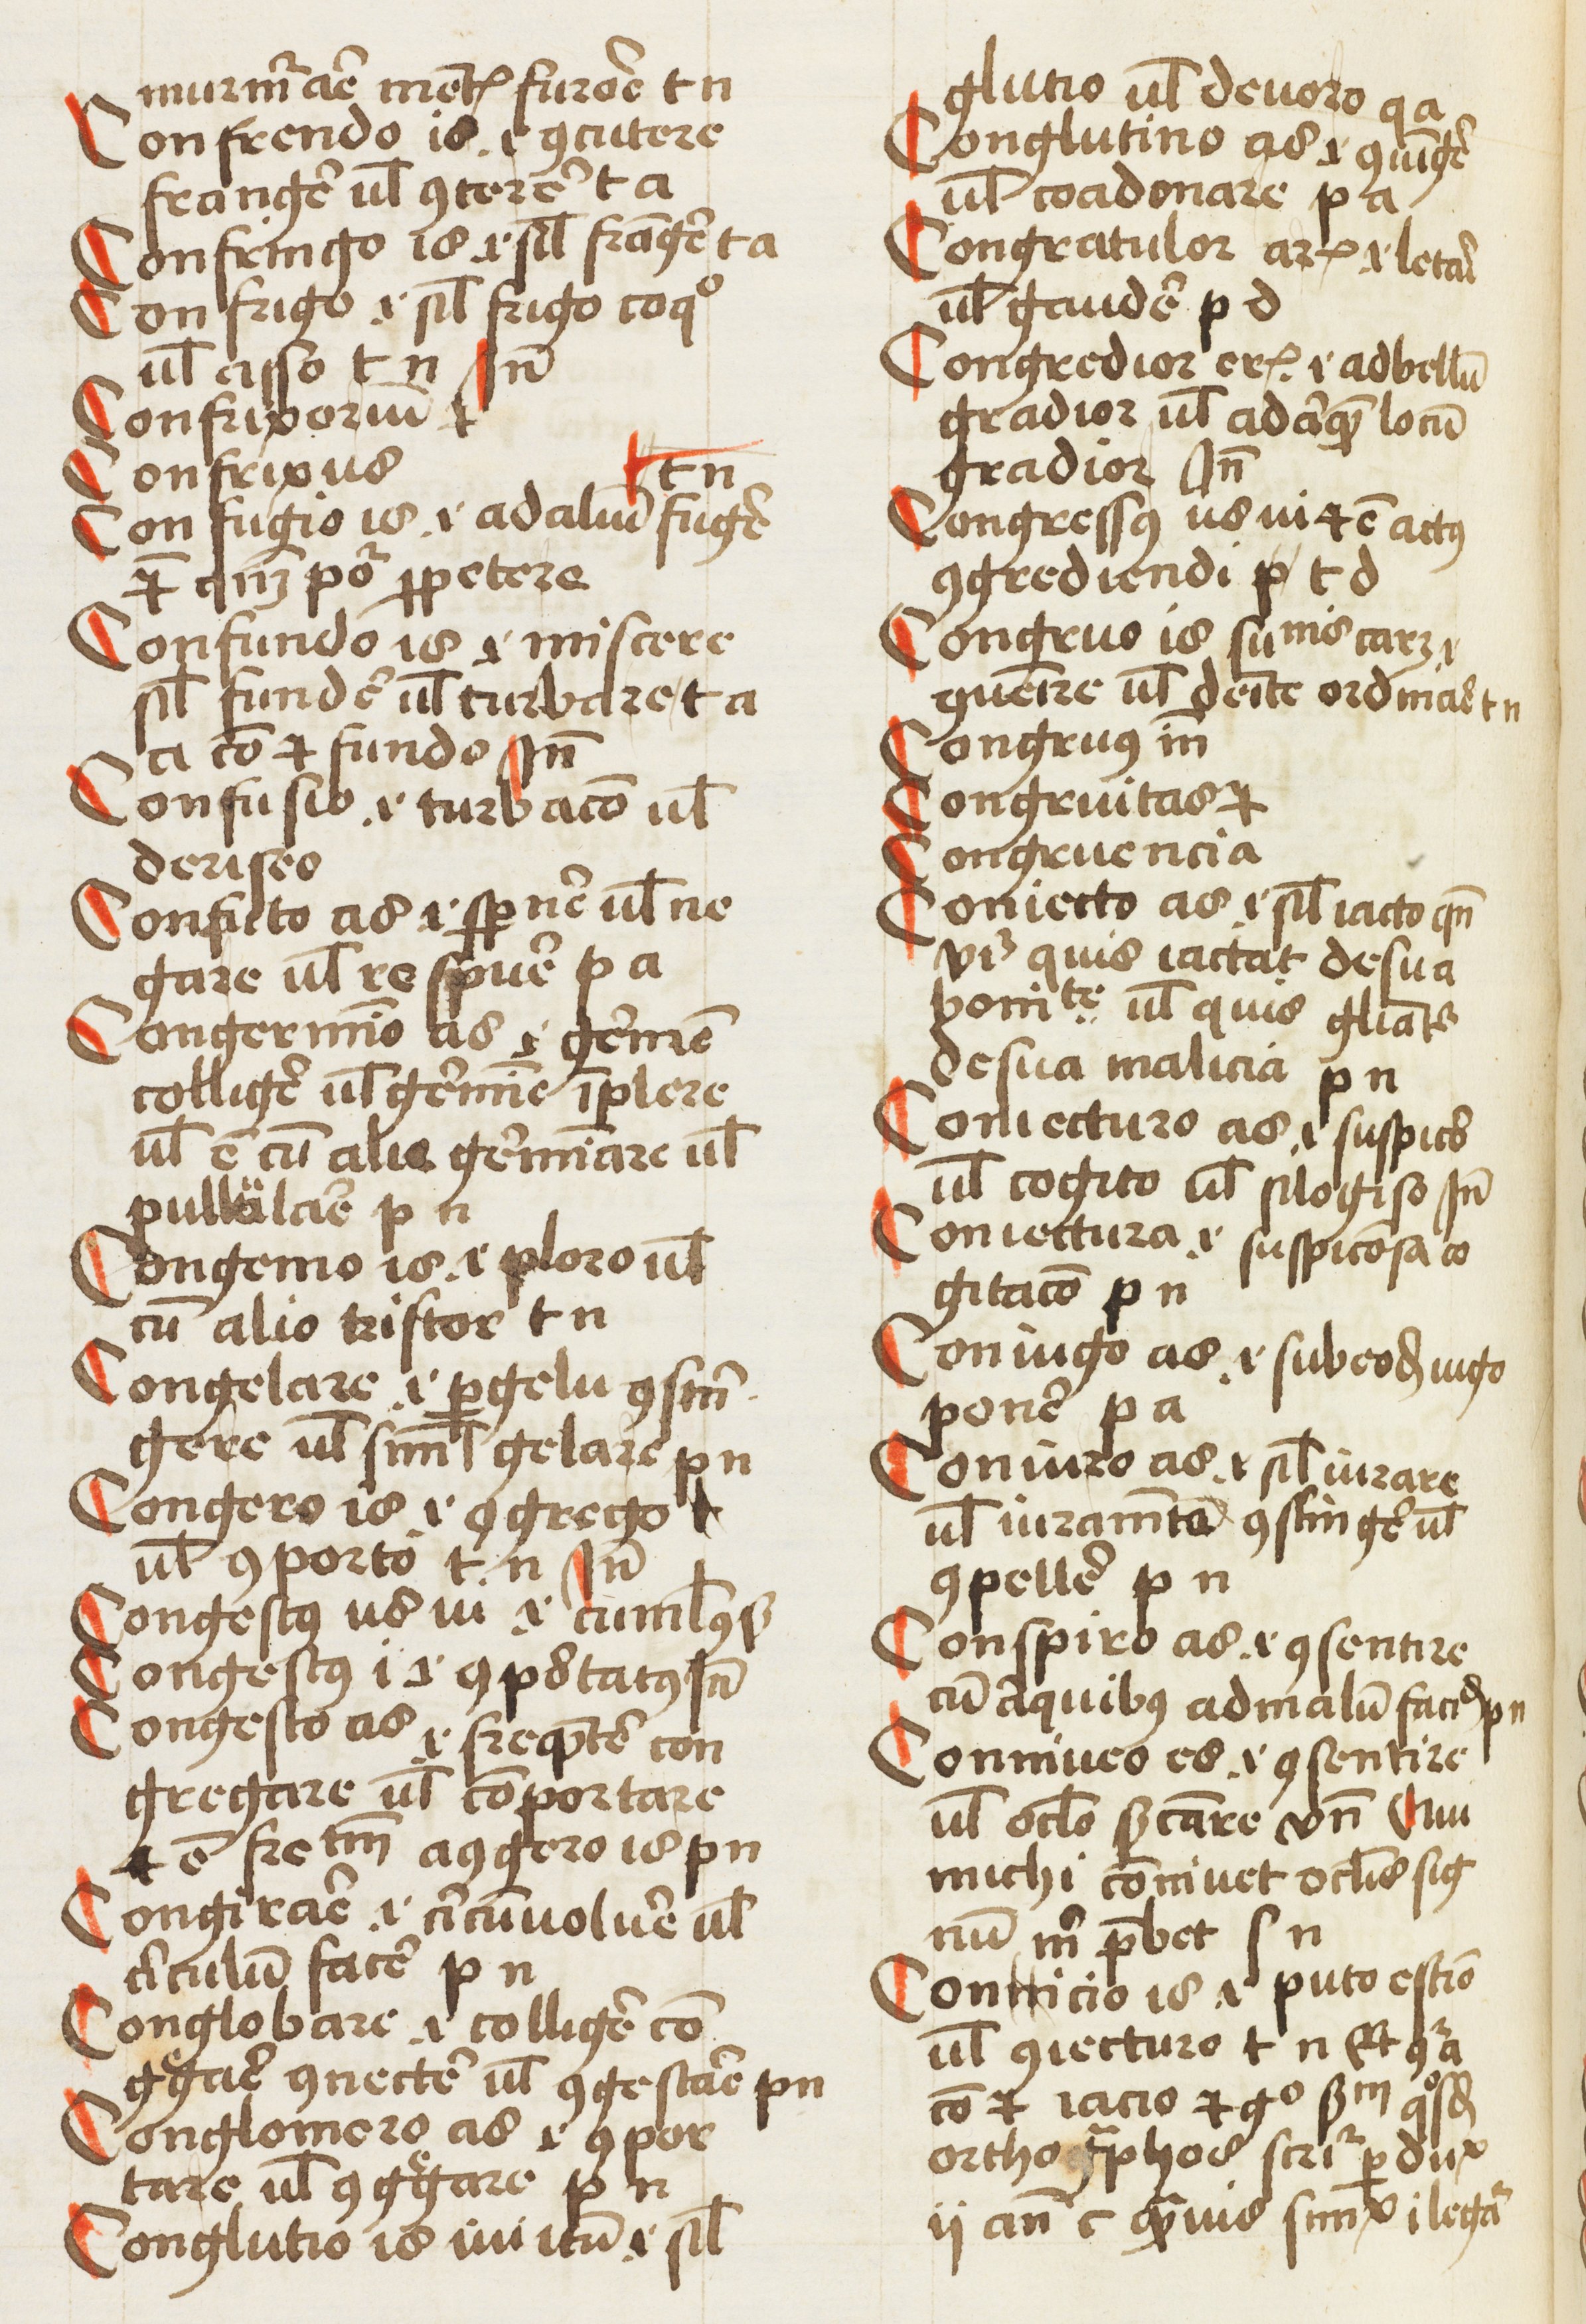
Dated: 1452–1452